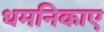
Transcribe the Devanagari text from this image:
धमनिकाए